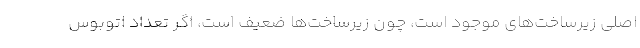
اصلی زیرساخت‌های موجود است، چون زیرساخت‌ها ضعیف است، اگر تعداد اتوبوس